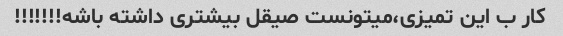
کار ب این تمیزی،میتونست صیقل بیشتری داشته باشه!!!!!!!